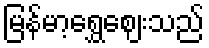
မြန်မာ့ရွှေဈေးသည်